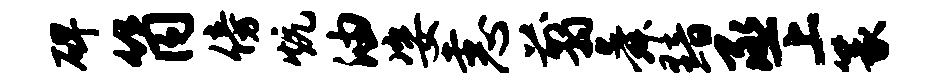
碑筒傍炕油姿恚翦舜黯丞上篆